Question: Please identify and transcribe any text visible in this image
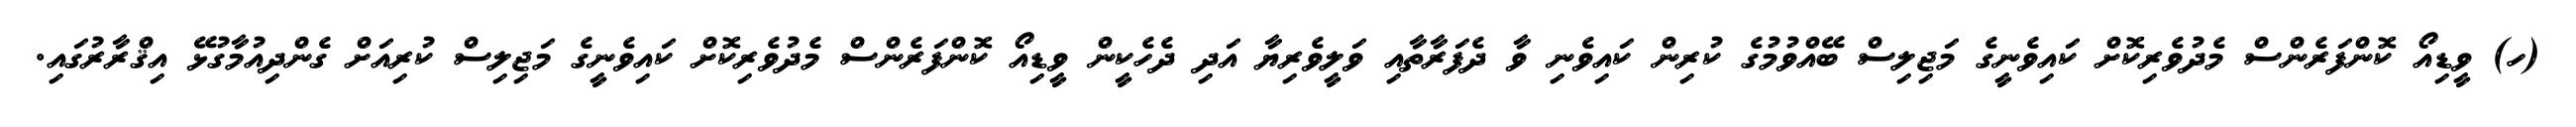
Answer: (ހ) ވީޑިއޯ ކޮންފަރެންސް މެދުވެރިކޮށް ކައިވެނީގެ މަޖިލިސް ބޭއްވުމުގެ ކުރިން ކައިވެނި ވާ ދެފަރާތާއި ވަލީވެރިޔާ އަދި ދެހެކީން ވީޑިއޯ ކޮންފަރެންސް މެދުވެރިކޮށް ކައިވެނީގެ މަޖިލިސް ކުރިއަށް ގެންދިއުމާގުޅޭ އިޤްރާރުގައި.